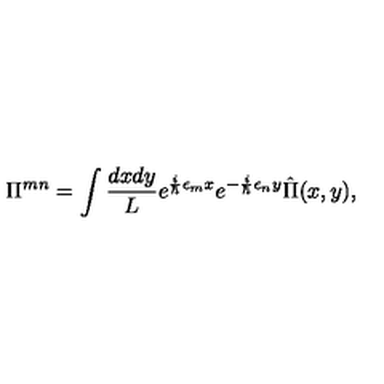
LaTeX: \Pi ^ { m n } = \int { \frac { d x d y } { L } } e ^ { { \frac { i } { \hbar } } \epsilon _ { m } x } e ^ { - { \frac { i } { \hbar } } \epsilon _ { n } y } \hat { \Pi } ( x , y ) ,